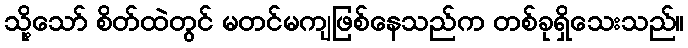
သို့သော် စိတ်ထဲတွင် မတင်မကျဖြစ်နေသည်က တစ်ခုရှိသေးသည်။